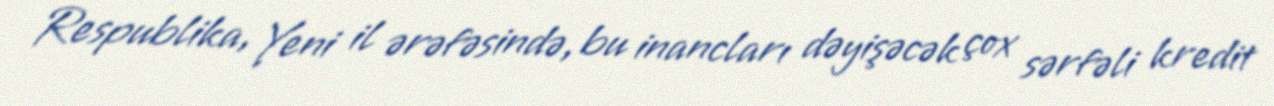
Respublika, Yeni il ərəfəsində, bu inancları dəyişəcək çox sərfəli kredit